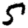
Digit: 5